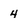
Character: 4